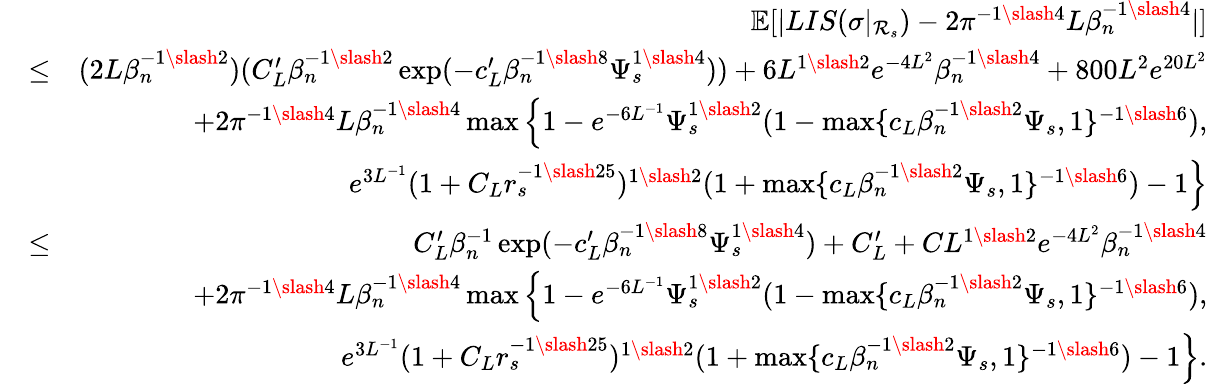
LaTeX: \begin{array}{rlr}&{}&{\mathbb{E}[|LIS(\sigma|_{\mathcal{R}_{s}})-2\pi^{-1\slash 4}L\beta_{n}^{-1\slash 4}|]}\\ &{\leq}&{(2L\beta_{n}^{-1\slash 2})(C_{L}^{\prime}\beta_{n}^{-1\slash 2}\exp(-c_{L}^{\prime}\beta_{n}^{-1\slash 8}\Psi_{s}^{1\slash 4}))+6L^{1\slash 2}e^{-4L^{2}}\beta_{n}^{-1\slash 4}+800L^{2}e^{20L^{2}}}\\ &{}&{+2\pi^{-1\slash 4}L\beta_{n}^{-1\slash 4}\operatorname*{max}\Big\{ 1-e^{-6L^{-1}}\Psi_{s}^{1\slash 2}(1-\operatorname*{max}\{ c_{L}\beta_{n}^{-1\slash 2}\Psi_{s},1\} ^{-1\slash 6}),}\\ &{}&{\quad\quad\quad e^{3L^{-1}}(1+C_{L}r_{s}^{-1\slash 25})^{1\slash 2}(1+\operatorname*{max}\{ c_{L}\beta_{n}^{-1\slash 2}\Psi_{s},1\} ^{-1\slash 6})-1\Big\} }\\ &{\leq}&{C_{L}^{\prime}\beta_{n}^{-1}\exp(-c_{L}^{\prime}\beta_{n}^{-1\slash 8}\Psi_{s}^{1\slash 4})+C_{L}^{\prime}+CL^{1\slash 2}e^{-4L^{2}}\beta_{n}^{-1\slash 4}}\\ &{}&{+2\pi^{-1\slash 4}L\beta_{n}^{-1\slash 4}\operatorname*{max}\Big\{ 1-e^{-6L^{-1}}\Psi_{s}^{1\slash 2}(1-\operatorname*{max}\{ c_{L}\beta_{n}^{-1\slash 2}\Psi_{s},1\} ^{-1\slash 6}),}\\ &{}&{\quad\quad\quad e^{3L^{-1}}(1+C_{L}r_{s}^{-1\slash 25})^{1\slash 2}(1+\operatorname*{max}\{ c_{L}\beta_{n}^{-1\slash 2}\Psi_{s},1\} ^{-1\slash 6})-1\Big\} .}\end{array}